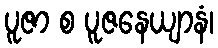
ပူဇာ စ ပူဇနေယျာနံ၊